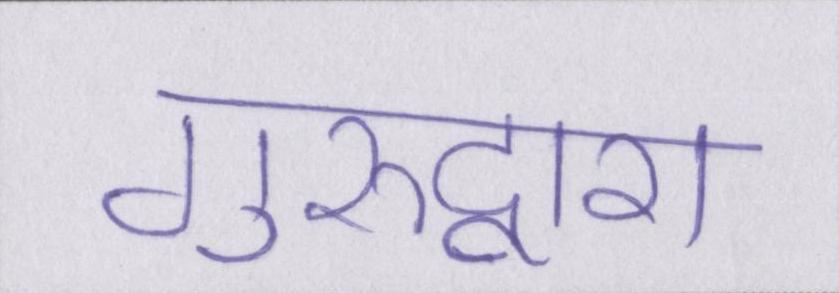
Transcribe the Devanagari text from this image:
गुरुद्वारा